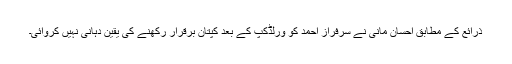
ذرائع کے مطابق احسان مانی نے سرفراز احمد کو ورلڈکپ کے بعد کپتان برقرار رکھنے کی یقین دہانی نہیں کروائی۔